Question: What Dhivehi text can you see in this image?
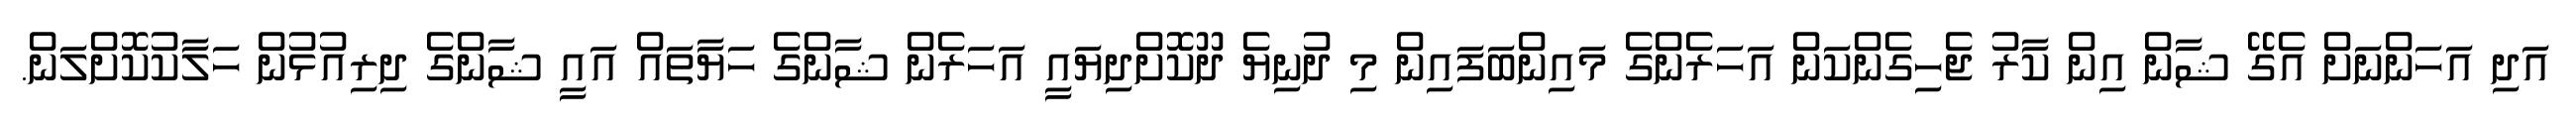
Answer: އަދި އަހަންނަށް އެގޭ ޝާން އިން ކާރު ޖެހިގެންކަން އަހަރެންގެ މައިންބަފައިން މި ދުނިޔެ ދޫކޮށްދިޔައީ އަހަރެން ޝާންގެ ހަޔާތައް އައީ ޝާންގެ ދިރިއުޅުން ހަލާކުކޮށްލަން.